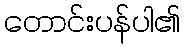
တောင်းပန်ပါ၏